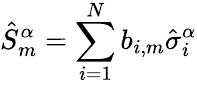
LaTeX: \hat{S}_{m}^{\alpha}=\sum_{i=1}^{N}b_{i,m}\hat{\sigma}_{i}^{\alpha}